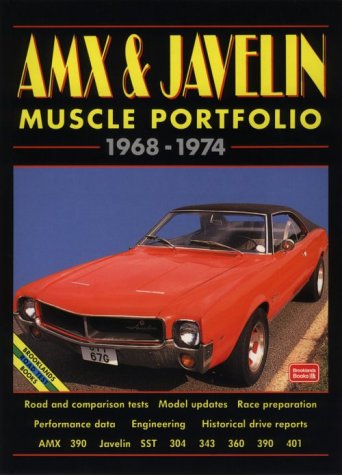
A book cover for Amx and Javelin Muscle Portfolio 1968-1974; R. M. Clarke; Engineering & Transportation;